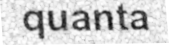
quanta